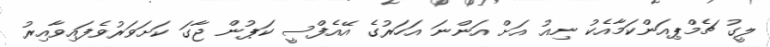
ލީގު ޗެމްޕިއަންކަމާއެކު ނިއު އަށް އަންނަ އަހަރުގެ އޭއެފްސީ ކަޕުން ޖާގަ ކަށަަވަރުވެފައިވާއިރު